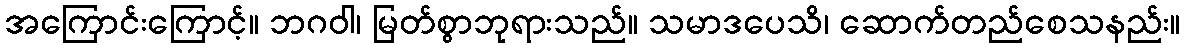
အကြောင်းကြောင့်။ ဘဂဝါ၊ မြတ်စွာဘုရားသည်။ သမာဒပေသိ၊ ဆောက်တည်စေသနည်း။